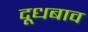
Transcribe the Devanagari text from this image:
दूधबाव